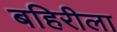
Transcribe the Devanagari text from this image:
बहिरीला